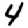
Digit: 4